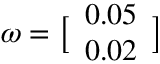
\displaystyle \boldsymbol { \omega } = \bigl [ \begin{array} { l } { 0 . 0 5 } \\ { 0 . 0 2 } \end{array} \bigr ]